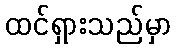
ထင်ရှားသည်မှာ